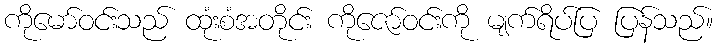
ကိုမော်ဝင်းသည် ထုံးစံအတိုင်း ကိုဇော်ဝင်းကို မျက်ရိပ်ပြ ပြန်သည်။